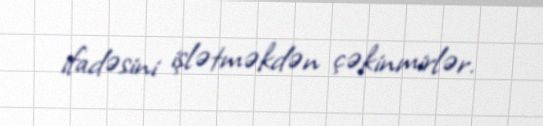
ifadəsini işlətməkdən çəkinmirlər.